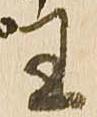
王